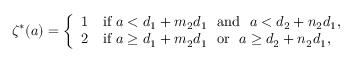
\begin{array} { r l } & { \zeta ^ { * } ( a ) = \left\{ \begin{array} { l l } { 1 } & { \mathrm { i f } \, \, a < d _ { 1 } + m _ { 2 } d _ { 1 } \ \ \mathrm { a n d } \ \ a < d _ { 2 } + n _ { 2 } d _ { 1 } , } \\ { 2 } & { \mathrm { i f } \, \, a \geq d _ { 1 } + m _ { 2 } d _ { 1 } \ \ \mathrm { o r } \ \ a \geq d _ { 2 } + n _ { 2 } d _ { 1 } , } \end{array} \right. } \end{array}